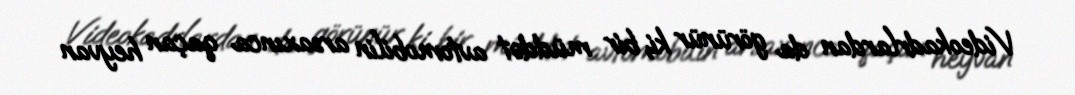
Videokadrlardan da görünür ki, bir müddət avtomobilin arsaxınca qaçan heyvan